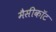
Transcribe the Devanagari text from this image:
मैसीकॉट